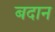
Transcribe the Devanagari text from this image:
बदान